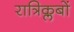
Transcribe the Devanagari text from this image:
रात्रिक्लबों